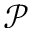
\mathcal { P }